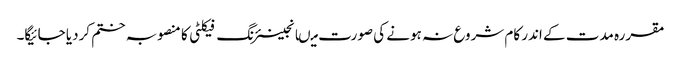
مقررہ مدت کے اندر کام شروع نہ ہونے کی صورت میںانجینئرنگ فیکلٹی کا منصوبہ ختم کردیا جائیگا۔